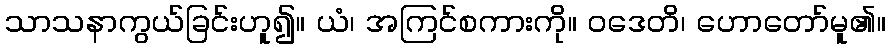
သာသနာကွယ်ခြင်းဟူ၍။ ယံ၊ အကြင်စကားကို။ ဝဒေတိ၊ ဟောတော်မူ၏။